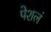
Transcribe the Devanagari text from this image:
पेशलं